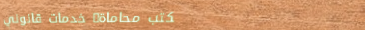
مكتب محاماة: خدمات قانوني